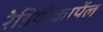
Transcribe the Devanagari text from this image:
रेडियोकार्पेल